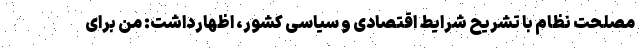
مصلحت نظام با تشریح شرایط اقتصادی و سیاسی کشور، اظهارداشت: من برای